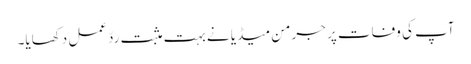
آپ کی وفات پر جرمن میڈیا نے بہت مثبت ردّعمل دکھایا۔